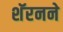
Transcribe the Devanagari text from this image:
शॅरनने